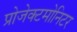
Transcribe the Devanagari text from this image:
प्रोजेक्टमोनिटर